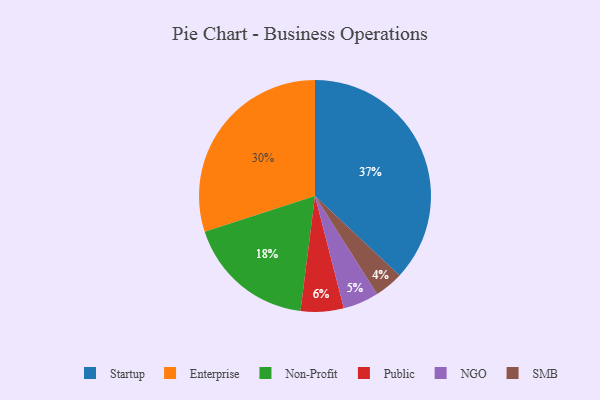
{"axis": {"x": "Category", "y": "Percentage"}, "legend": ["Enterprise", "NGO", "Non-Profit", "Public", "SMB", "Startup"], "data": [{"x": "Non-Profit", "y": 18, "type": "Non-Profit"}, {"x": "Enterprise", "y": 30, "type": "Enterprise"}, {"x": "NGO", "y": 5, "type": "NGO"}, {"x": "Public", "y": 6, "type": "Public"}, {"x": "Startup", "y": 37, "type": "Startup"}, {"x": "SMB", "y": 4, "type": "SMB"}]}